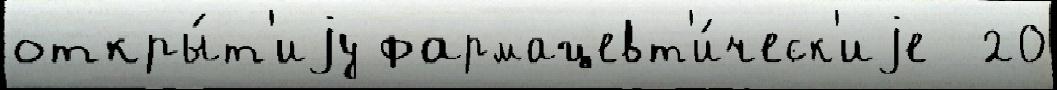
откры́т'иjу фармацевт'и́ческ'иjе  20